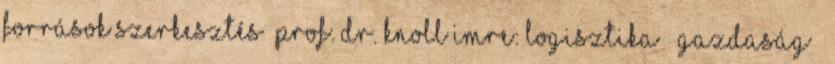
Források szerkesztés Prof. dr. Knoll Imre: Logisztika – Gazdaság –